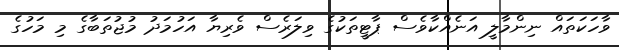
ވާހަކަތައް ނިންމާލީ އަނެއްކާވެސް ޕާޓީތަކުގެ ވިލަރެސް ވެރިޔާ އަހުމަދު މުޖުތަބާގެ މި މަހުގެ